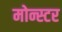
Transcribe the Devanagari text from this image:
मोन्स्टर